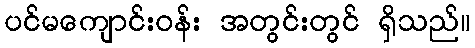
ပင်မကျောင်းဝန်း အတွင်းတွင် ရှိသည်။